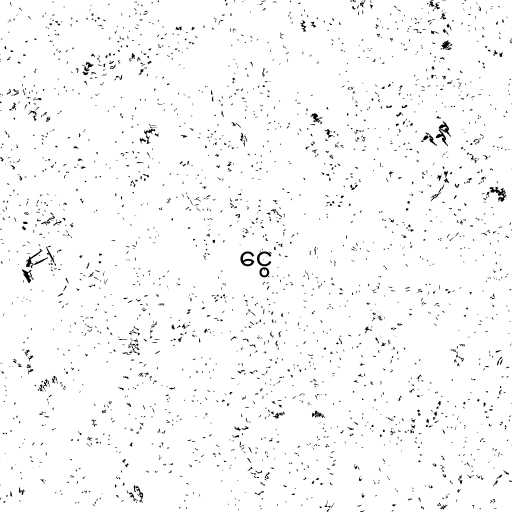
ငွေ